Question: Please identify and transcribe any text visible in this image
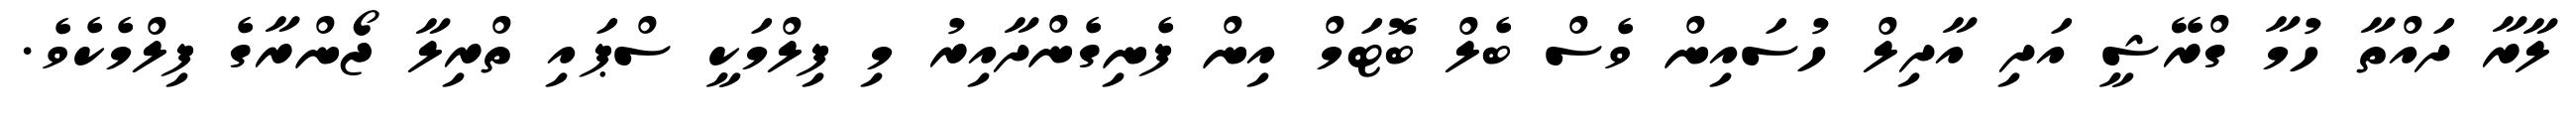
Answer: ލާރާ ދައްތާ ހުމާ ގްރޭޝީ އަދި އާދިލް ހުސައިން ވެސް ބެލް ބޮޓަމް އިން ފެނިގެންދާއިރު މި ފިލްމަކީ ސްޕައި ތްރިލާ ޖޯންރާގެ ފިލްމެކެވެ.